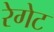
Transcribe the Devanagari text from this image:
रेगेट